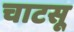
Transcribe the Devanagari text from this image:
चाटसू